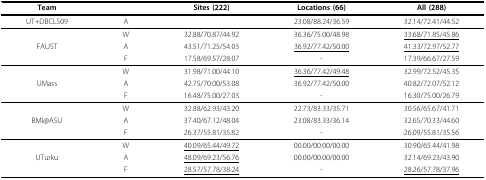
| Team |  | Sites (222) | Locations (66) | All (288) |
 | --- | --- | --- | --- | --- |
 | UT+DBCLS09 | A |  | 23.08/88.24/36.59 | 32.14/72.41/44.52 |
 |  | W | 32.88/70.87/44.92 | 36.36/75.00/48.98 | <underline>33.68/71.85/45.86</underline> |
 | FAUST | A | 43.51/71.25/54.03 | <underline>36.92/77.42/50.00</underline> | <underline>41.33/72.97/52.77</underline> |
 |  | F | 17.58/69.57/28.07 | - | 17.39/66.67/27.59 |
 |  | W | 31.98/71.00/44.10 | <underline>36.36/77.42/49.48</underline> | 32.99/72.52/45.35 |
 | UMass | A | 42.75/70.00/53.08 | 36.92/77.42/50.00 | 40.82/72.07/52.12 |
 |  | F | 16.48/75.00/27.03 | - | 16.30/75.00/26.79 |
 |  | W | 32.88/62.93/43.20 | 22.73/83.33/35.71 | 30.56/65.67/41.71 |
 | BMI@ASU | A | 37.40/67.12/48.04 | 23.08/83.33/36.14 | 32.65/70.33/44.60 |
 |  | F | 26.37/55.81/35.82 | - | 26.09/55.81/35.56 |
 |  | W | <underline>40.09/65.44/49.72</underline> | 00.00/00.00/00.00 | 30.90/65.44/41.98 |
 | UTurku | A | <underline>48.09/69.23/56.76</underline> | 00.00/00.00/00.00 | 32.14/69.23/43.90 |
 |  | F | <underline>28.57/57.78/38.24</underline> | - | <underline>28.26/57.78/37.96</underline> |